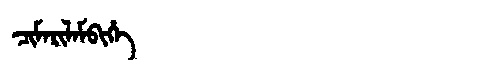
Manchu: ᠴᡳᠮᠠᡵᡳᠯᠠᠮᠪᡳᡥᡝ
Romanization: CIMARILAMBIHE